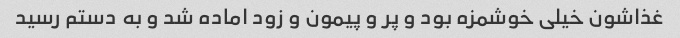
غذاشون خیلی خوشمزه بود و پر و پیمون و زود اماده شد و به دستم رسید